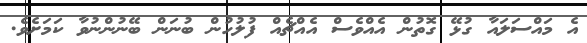
އެ މައްސަލައާ ގުޅޭ ގޮތުން އެއްވެސް އެއްޗެއް ފުލުހުން ބުނަން ބޭނުންނުވާ ކަމަށެވެ.